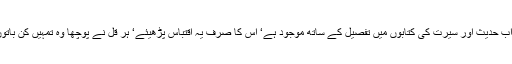
یہ مکمل سوال و جواب حدیث اور سیرت کی کتابوں میں تفصیل کے ساتھ موجود ہے‘ اس کا صرف یہ اقتباس پڑھیئے‘ ہر قل نے پوچھا وہ تمہیں کن باتوں کا حکم دیتے ہیں؟